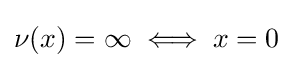
\nu (x)=\infty \iff x=0